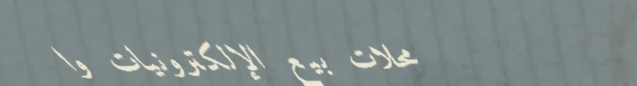
محلات بيع الإلكترونيات وا